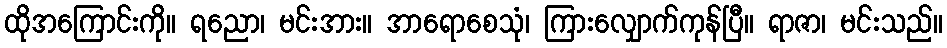
ထိုအကြောင်းကို။ ရညော၊ မင်းအား။ အာရောစေသုံ၊ ကြားလျှောက်ကုန်ပြီ။ ရာဇာ၊ မင်းသည်။